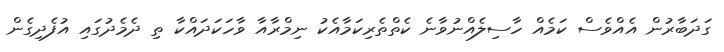
ގަދަބާރުން އެއްވެސް ކަމެއް ހާސިލެއްނުވާނެ ކެތްތެރިކަމާއެކު ނިމްރާއާ ވާހަކަދައްކާ ތި ދެމެދުގައި އުފެދިގެން